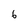
Character: 6